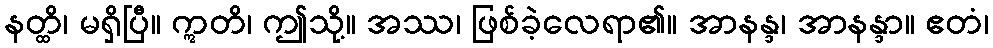
နတ္ထိ၊ မရှိပြီ။ ဣတိ၊ ဤသို့။ အဿ၊ ဖြစ်ခဲ့လေရာ၏။ အာနန္ဒ၊ အာနန္ဒာ။ ဧတံ၊